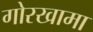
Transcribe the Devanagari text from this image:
गोरखामा